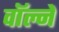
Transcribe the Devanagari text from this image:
वॉल्ने